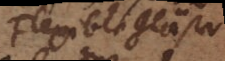
Flexible Gläser